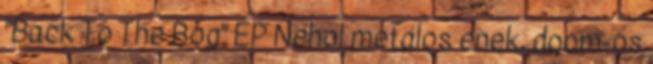
"Back To The Bog" EP Néhol metálos ének, doom-os